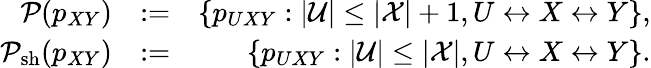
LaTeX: \begin{array}{rlr}{{\cal P}(p_{XY})}&{:=}&{\{ p_{UXY}:\vert{\cal U}\vert\leq\vert{\cal X}\vert+1,U\leftrightarrow X\leftrightarrow Y\} ,}\\ {{\cal P}_{\mathrm{sh}}(p_{XY})}&{:=}&{\{ p_{UXY}:\vert{\cal U}\vert\leq\vert{\cal X}\vert,U\leftrightarrow X\leftrightarrow Y\} .}\end{array}